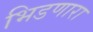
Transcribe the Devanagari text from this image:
भिडणारा